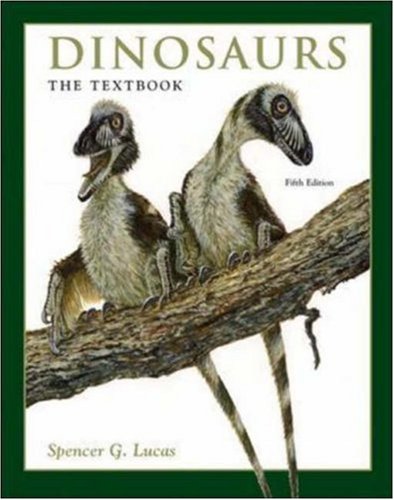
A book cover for Dinosaurs: The Textbook; Spencer George Lucas; Science & Math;